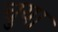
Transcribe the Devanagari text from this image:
चुया